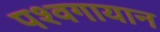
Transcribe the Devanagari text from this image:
पश्वगायान